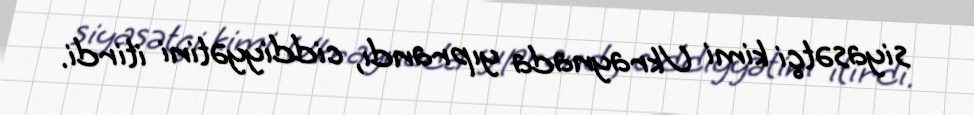
siyasətçi kimi Ukraynada yıprandı, ciddiyyətini itirdi.